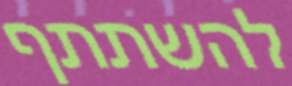
להשתתף